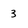
Character: 3